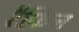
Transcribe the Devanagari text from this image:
रैफ़िन